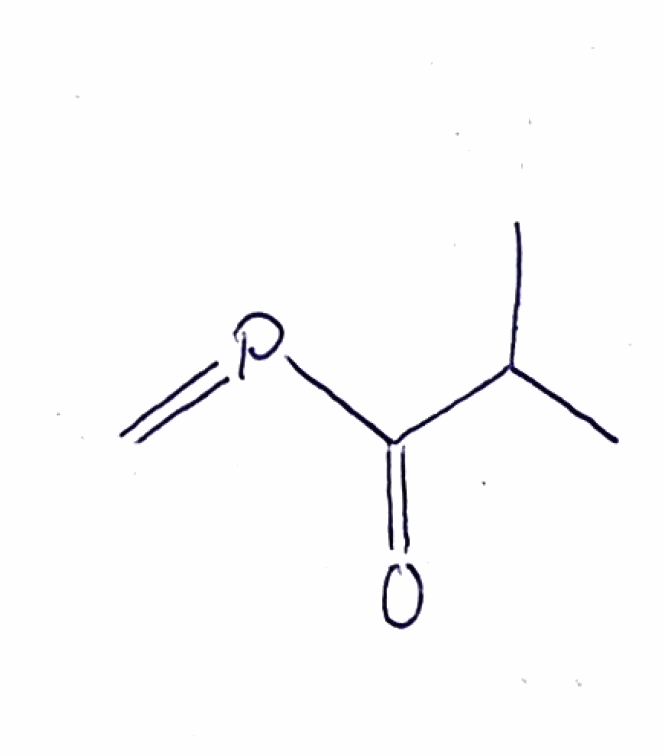
Simplified molecular-input line-entry system (SMILES) notation of the given molecule:
CC(C)C(=O)P=C